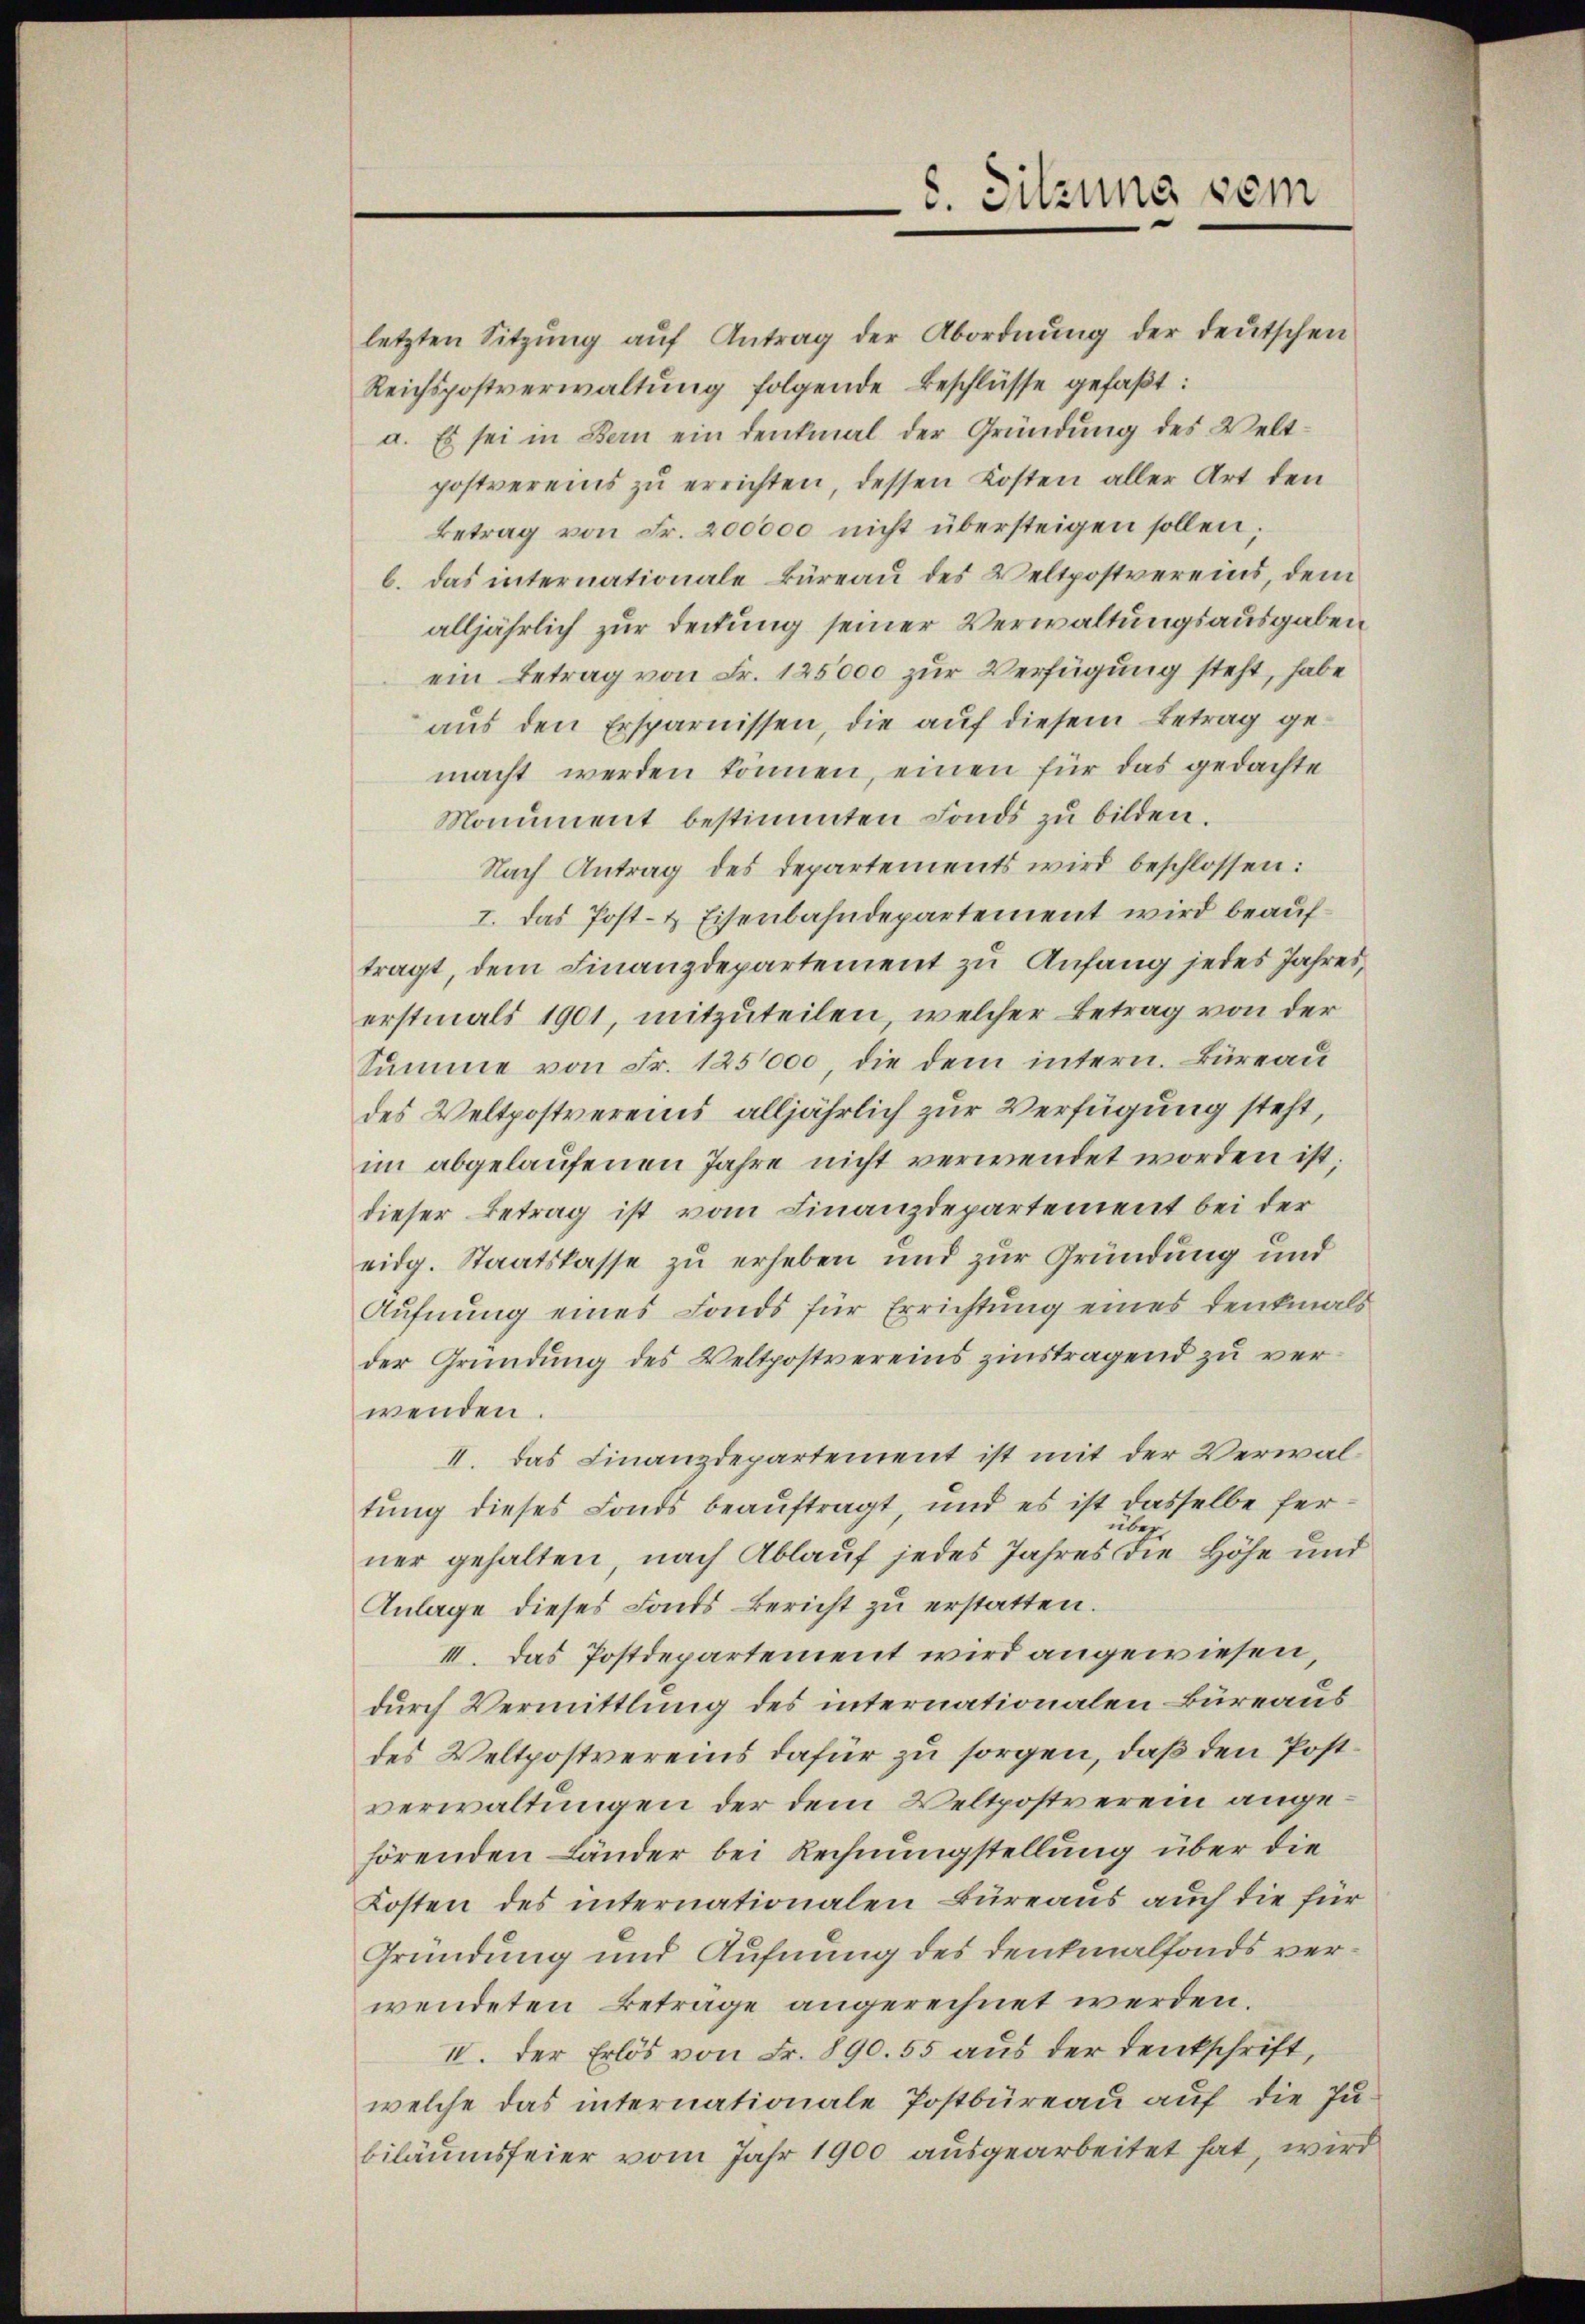
letzten Sitzŭng aŭf Antrag der Abordnŭng der deutschen
Reichspostverwaltung folgende Beschlüsse gefaßt:
a. Es sei in Bern ein Denkmal der Gründung des Veltpostvereis zu errichten, dessen Kosten aller Art den
Betrag von Fr. 200000 nicht übersteigen sollen;
b. das internationale Büreau des Veltpostvereins, dem
alljährlich zur Deckung seiner Verwaltungsausgaben
ein Betrag von Fr. 125000 zur Verfügung steht, habe
aus den Ersparnissen, die auf diesem Betrag gemacht werden können, einen für das gedachte
Monument bestimmten Fonds zu bilden.
Nach Antrag des Departements wird beschlossen:
I. Das Post- & Eisenbahndepartement wird beauftragt, dem Finanzdepartement zu Anfang jedes Jahreserstmals 1901, mitzuteilen, welcher Betrag von der
Summe von Fr. 125000, die dem intern. Büreau
des Veltpostvereins alljährlich zur Verfügung steht,
im abgelaŭfenen Jahre nicht verwendet worden ist;
dieser Betrag ist vom Finanzdepartement bei der
eidg. Staatskasse zu erheben und zur Gründung und
Aufnung eines Fonds für Errichtung eines Denkmals
der Gründung des Veltpostvereins zinstragend zu verwenden.
II. Das Finanzdepartement ist mit der Verwaltung dieses Fonds beauftragt, und es ist dasselbe ferüber
ner gehalten, nach Ablauf jedes Jahres die Höhe und
Anlage dieses Fonds Bericht zu erstatten.
III. Das Postdepartement wird angewiesen,
durch Vermittlung des internationalen Büreaus
des Veltpostvereins dafür zu sorgen, daß den Postverwaltungen der dem Veltpostverein angehörenden Länder bei Rechnungstellung über die
Kosten des internationalen Büreaus auch die für
Gründung und Aufnung des Denkmalfonds verwendeten Betrage angerechnet werden.
IV. Der Erlös von Fr. 890. 55 aus der Denkschrift,
welche das internationale Postbüreau auf die Ju-
biläumsfeier vom Jahr 1900 ausgearbeitet hat, wird

8. Sitzung sein